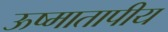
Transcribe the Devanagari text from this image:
ऊष्मातापीय